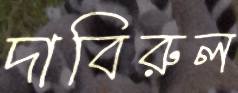
দাবিরুল